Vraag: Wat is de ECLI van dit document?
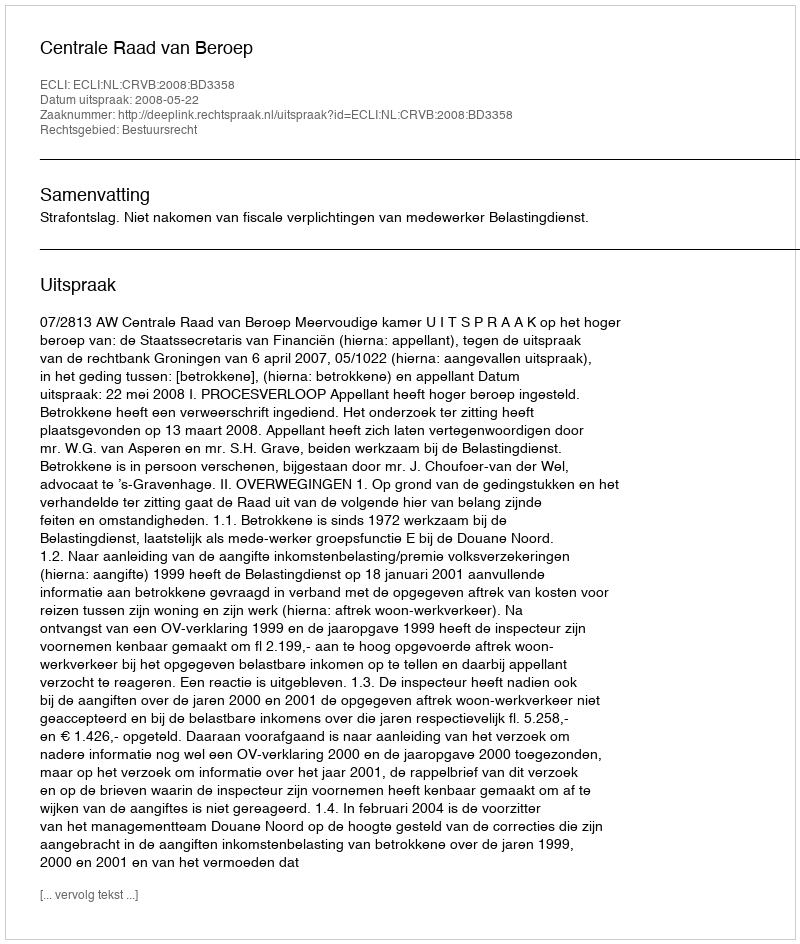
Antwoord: ECLI:NL:CRVB:2008:BD3358